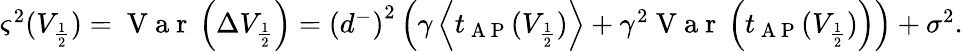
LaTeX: \begin{array}{r}{\varsigma^{2}(V_{\frac{1}{2}})=\mathrm{~V~a~r~}\left(\Delta V_{\frac{1}{2}}\right)=\left(d^{-}\right)^{2}\left(\gamma\left\langle t_{\mathrm{~A~P~}}(V_{\frac{1}{2}})\right\rangle+\gamma^{2}\mathrm{~V~a~r~}\left(t_{\mathrm{~A~P~}}(V_{\frac{1}{2}})\right)\right)+\sigma^{2}.}\end{array}